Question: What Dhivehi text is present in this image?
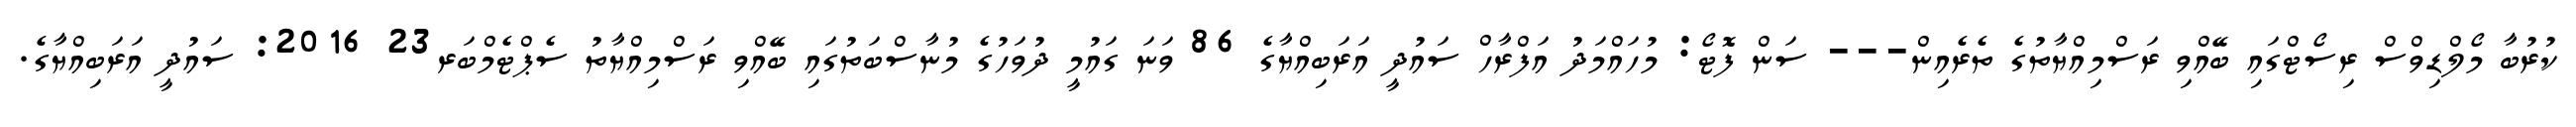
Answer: ކުރުބާ މޯލްޑިވްސް ރިސޯޓްގައި ބޭއްވި ރަސްމިއްޔާތުގެ ތެރެއިން--- ސަން ފޮޓޯ: މުހައްމަދު އަފްރާހް ސައުދީ އަރަބިއްޔާގެ 86 ވަނަ ގައުމީ ދުވަހުގެ މުނާސްބަތުގައި ބޭއްވި ރަސްމިއްޔާތު ސެޕްޓެމްބަރ23 2016: ސައުދީ އަރަބިއްޔާގެ.